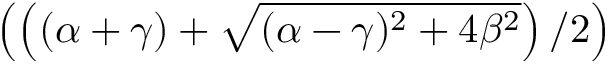
\left( \left( ( \alpha + \gamma ) + \sqrt { ( \alpha - \gamma ) ^ { 2 } + 4 \beta ^ { 2 } } \right) / 2 \right)